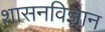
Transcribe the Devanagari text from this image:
शासनविज्ञान